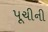
પૂચીની